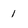
Character: 1